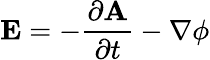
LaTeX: \mathbf{E}=-{\frac{\partial\mathbf{A}}{\partial t}}-\nabla\phi